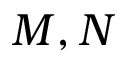
M , N